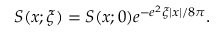
S ( x ; \xi ) = S ( x ; 0 ) e ^ { - e ^ { 2 } \xi \left| x \right| / 8 \pi } .